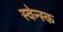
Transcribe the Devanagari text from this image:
स्वेन्स्क